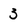
Character: 3